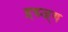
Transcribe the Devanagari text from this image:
द्र्द्य्ज्ग